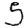
Digit: 5